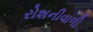
રોશનીવાળી